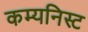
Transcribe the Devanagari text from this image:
कम्यनिस्ट